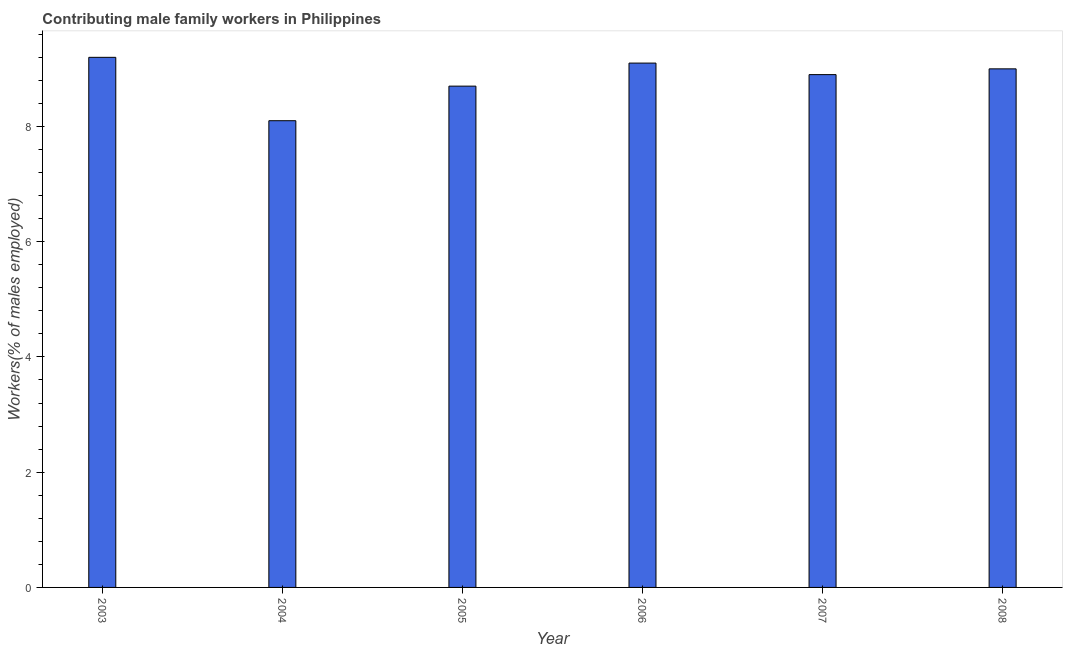
| Year | Contributing family workers |
 | --- | --- |
 | 2003 | 9.2 |
 | 2004 | 8.1 |
 | 2005 | 8.7 |
 | 2006 | 9.1 |
 | 2007 | 8.9 |
 | 2008 | 9 |